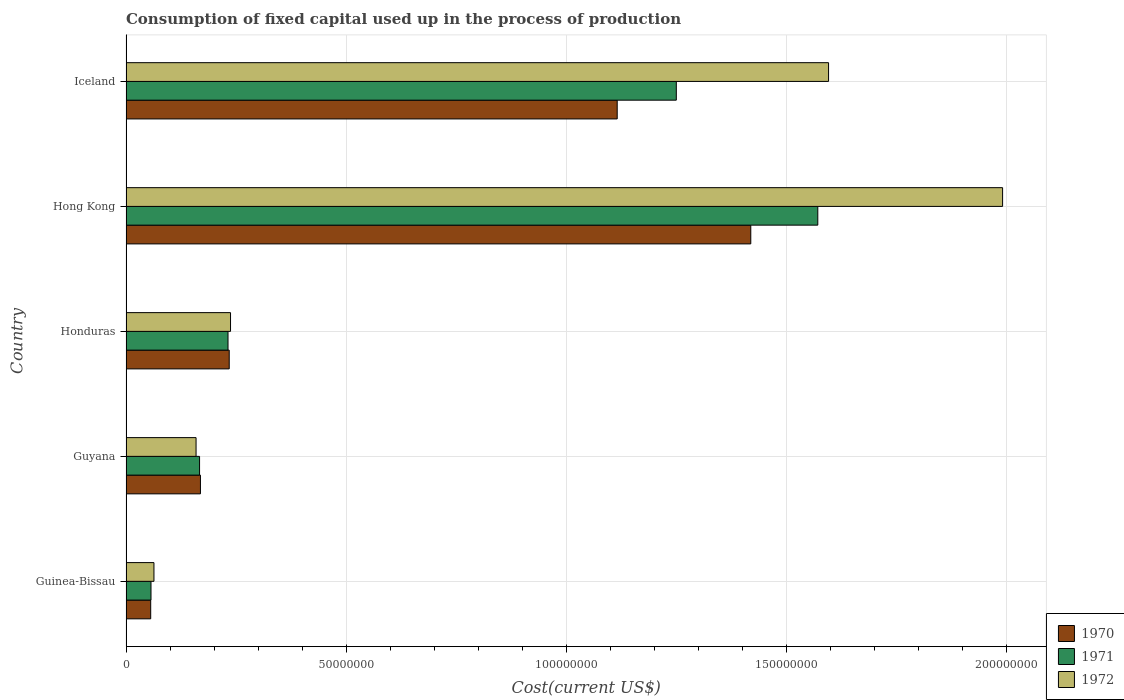
| Country | 1970 | 1971 | 1972 |
 | --- | --- | --- | --- |
 | Guinea-Bissau | 5.61e+06 | 5.67e+06 | 6.34e+06 |
 | Guyana | 1.69e+07 | 1.67e+07 | 1.59e+07 |
 | Honduras | 2.34e+07 | 2.32e+07 | 2.37e+07 |
 | Hong Kong | 1.42e+08 | 1.57e+08 | 1.99e+08 |
 | Iceland | 1.12e+08 | 1.25e+08 | 1.6e+08 |